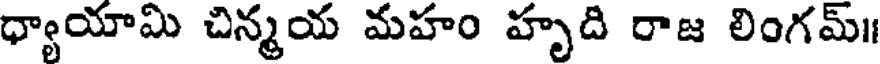
ధ్యాయామి చిన్మయ మహం హృది రాజ లింగమ్